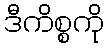
ဒီကိစ္စကို